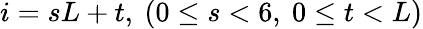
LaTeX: i=sL+t,\ (0\le s<6,\ 0\le t<L)